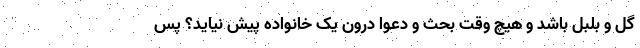
گل و بلبل باشد و هیچ وقت بحث و دعوا درون یک خانواده پیش نیاید؟ پس